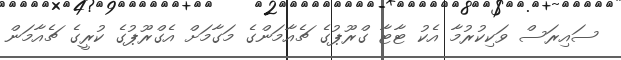
ސައިރަސް ވަކިކުރުމާ އެކު ޓާޓާ ގްރޫޕުގެ ޗެއާމަންގެ މަގާމަށް އެގްރޫޕުގެ ކުރީގެ ޗެއާމަން